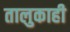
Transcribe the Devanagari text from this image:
तालुकाही